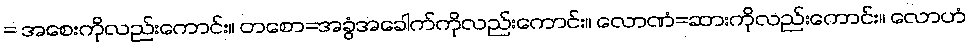
= အစေးကိုလည်းကောင်း။ တစော=အခွံအခေါက်ကိုလည်းကောင်း။ လောဏံ=ဆားကိုလည်းကောင်း။ လောဟံ